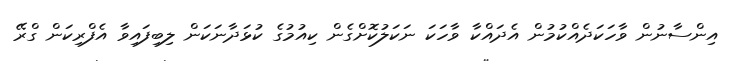
އިންސާނުން ވާހަކަދެއްކުމުން އެދައްކާ ވާހަކަ ނަކަލުކޮށްގެން ކިއުމުގެ ކުޅަދާނަކަން ލިބިފައިވާ އެފްރިކަން ގްރޭ